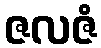
ဇလဇံ